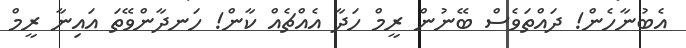
އެބުނާހެން! ދައްތަވެސް ބޭނުން ރީމް ހަދާ އެއްޗެއް ކާން! ހަނދާންވޭތަ އައިނާ ރީމް